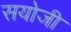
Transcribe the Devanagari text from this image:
सयोजी